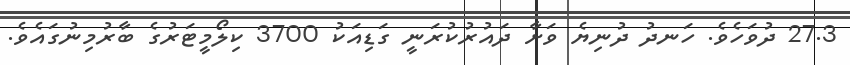
27.3 ދުވަހެވެ. ހަނދު ދުނިޔެ ވަށާ ދައުރުކުރަނީ ގަޑިއަކު 3700 ކިލޯމީޓަރުގެ ބާރުމިނުގައެވެ.